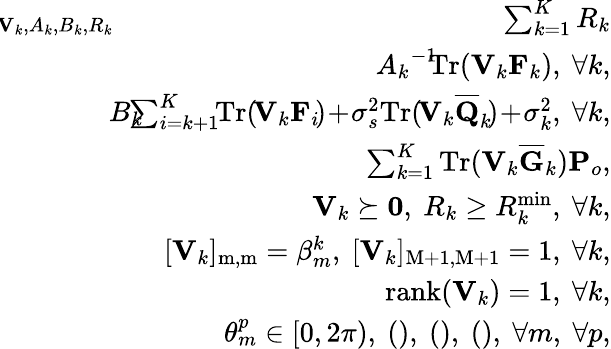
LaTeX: \begin{array}{rlr}&{\! \! \! \! \! \! \! \! \! \! \! \! \! \! \! \! \! \! \operatorname*{max}_{\mathbf{V}_{k},A_{k},B_{k},R_{k}}}&{\! \! \! \! \! \! \sum_{k=1}^{K}R_{k}}\\ &{\! \! \! \! \! \! \! \! \! \! \! \! \! \! \! \! \! \! \mathrm{s.t.}}&{\! \! \! \! \! \! {A_{k}}^{-1}\! \le\! \mathrm{Tr}(\mathbf{V}_{k}\mathbf{F}_{k}),~\forall k,}\\ &{}&{\! \! \! \! \! \! \! B_{k}\! \! \le\! \! \sum_{i=k+1}^{K}\! \! \mathrm{Tr}(\! \mathbf{V}_{k}\mathbf{F}_{i}\! )\! +\! \sigma_{s}^{2}\mathrm{Tr}(\! \mathbf{V}_{k}\mathbf{\overline{{Q}}}_{k}\! )\! +\! \sigma_{k}^{2},~\forall k,}\\ &{}&{\! \! \! \! \! \! \! \sum_{k=1}^{K}\mathrm{Tr}(\mathbf{V}_{k}{\overline{{\mathbf{G}}}}_{k})\le P_{o},}\\ &{}&{\! \! \! \! \! \! \! \mathbf{V}_{k}\succeq\mathbf{0},~R_{k}\ge R_{k}^{\operatorname*{min}},~\forall k,}\\ &{}&{\! \! \! \! \! \! \! [\mathbf{V}_{k}]_{\mathrm{{m,m}}}=\beta_{m}^{k},~[\mathbf{V}_{k}]_{\mathrm{M+1,M+1}}=1,~\forall k,}\\ &{}&{\! \! \! \! \! \! \! \mathrm{rank}(\mathbf{V}_{k})=1,~\forall k,}\\ &{}&{\! \! \! \! \! \! \! \theta_{m}^{p}\in[0,2\pi),~\mathrm{()},~\mathrm{()},~\mathrm{()},~\forall m,~\forall p,}\end{array}